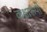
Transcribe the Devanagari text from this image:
कक्षारूपी